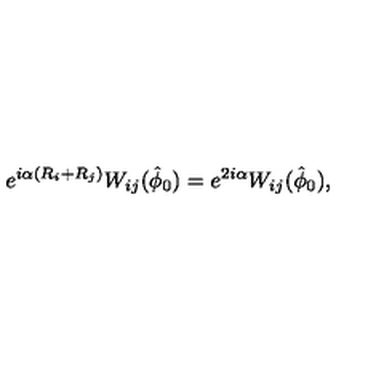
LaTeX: e ^ { i \alpha \left( R _ { i } + R _ { j } \right) } W _ { i j } ( \hat { \phi } _ { 0 } ) = e ^ { 2 i \alpha } W _ { i j } ( \hat { \phi } _ { 0 } ) ,